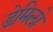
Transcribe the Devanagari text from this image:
डेमिलो